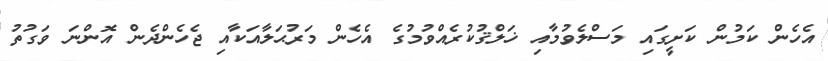
އެހެން ކަމުން ކަށީގައި މަސްލެވުމާއި ޚަލްޤުކުރެއްވުމުގެ އެހެން މަރުޙަލާއަކާއި ޖެހެންދެން އޮންނަ ވަގުތު